Annual administration report of the Civil Veterinary Department of India - 1896-1897
Year: 1896
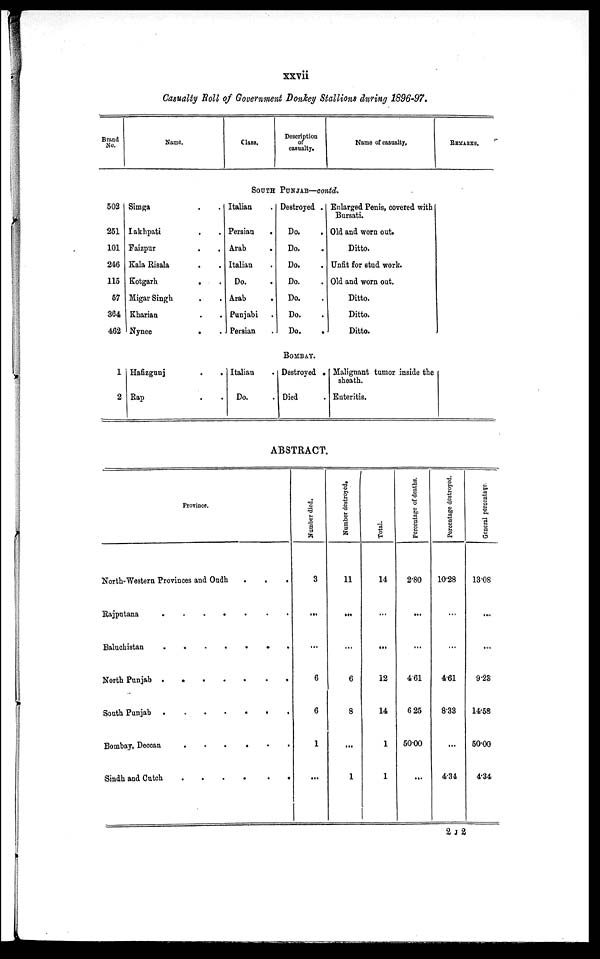
xxvii
Casualty Roll of Government Donkey Stallions during 1896-97.
Brand
No.
Name.
Class.
Description
of
casualty.
Name of casualty.
REMARKS.
SOUTH PUNJAB—contd.
502
251
101
246
115
57
364
462
Simga
.
.
Iakhpati . .
Faizpur . .
Kala Risala . .
Kotgarh
.
.
Migar Singh . .
Kharian . .
Nynee
.
.
Italian .
Persian
.
Arab
.
Italian .
Do. .
Arab
.
Punjabi .
Persian .
Destroyed .
Do. .
Do. .
Do. .
Do. .
Do. .
Do. .
Do. .
Enlarged Penis, covered with
Bursati.
Old and worn out.
Ditto.
Unfit for stud work.
Old and worn out.
Ditto.
Ditto.
Ditto.
BOMBAY.
1
2
Hafizgunj
.
.
Rap . .
Italian .
Do. .
Destroyed .
Died .
Malignant tumor inside the
sheath.
Enteritis.
ABSTRACT.
Province.
North-Western Provinces and Oudh
.
.
.
Rajputana
.
.
.
.
.
.
.
.
Baluchistan . . . . . . . .
North Punjab
.
.
.
.
.
.
.
.
.
South Punjab
.
.
.
.
.
.
.
Bombay, Deccan
.
.
.
.
.
.
Sindh and Cutch
.
.
.
.
.
.
Number died.
3
...
...
6
6
1
...
Number destroyed.
11
...
...
6
8
...
1
Total.
14
...
...
12
14
1
1
Percentage of deaths.
2.80
...
...
4.61
6.25
50.00
...
Percentage destroyed.
10.28
...
...
4.61
8.33
...
4.34
General percentage.
13.08
...
...
9.23
14.58
50.00
4.34
2 J 2